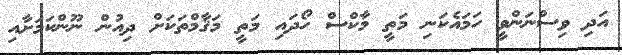
އަދި ވިސްނަންވީ ހަމައެކަނި މަތީ މާކްސް ހޯދައި މަތީ މަޤާމްތަކަށް ދިއުން ނޫންކަމަށާއި